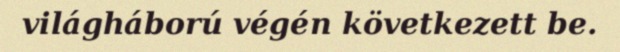
világháború végén következett be.